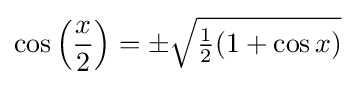
\cos \left({\frac {x}{2}}\right)=\pm {\sqrt {{\tfrac {1}{2}}(1+\cos x)}}